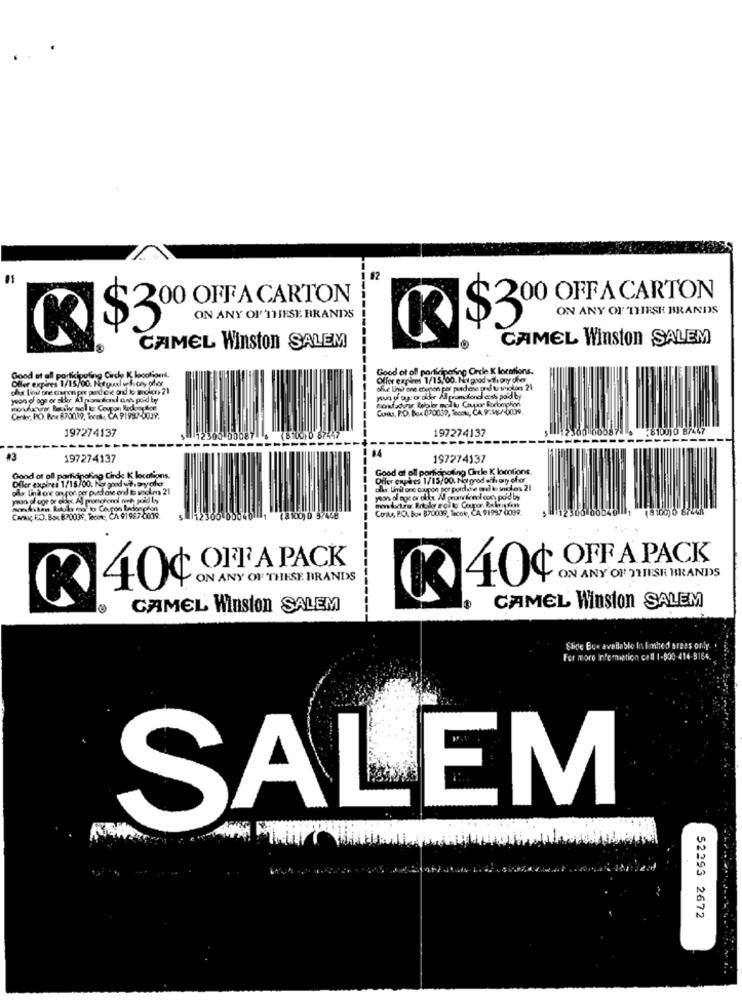
12
200 OFFA CARTON
OFF A CARTON
ON ANY OF THESE BRANDS
ON ANY OF THESE BRANDS
$3
K
R
CAMEL Winston SALEM
CAMEL Winston SALEM
Good of oll participating Circle K locations.
Good at all portkipoling Circle K locations.
Offer expires 1/15/00. Natyuxl vif.cryofor
Offer expines 1/15, 00. Not good wtheory cher
che Lini ore muren pir perdoe ond to molas 21
ofe Und one coupon por pudose ard tu soolan 24
yoon of oge or allor Al ponofond ant poid ty
youn of ay or alder All promofond coss po'd by
Mlbifadurar Beller mod to Caupor Rocompton
---
Cunta, P.O. Box (20030, Tecok, CA. 9:1-/-0039.
Cenky, PO. Box 670039, Beat, CA 91997-0039.
197274137
197274137
-------
#3
197274137
04
197274137
Good at all porticinoting Circle K locations.
Good of all participating Cirde K locations.
Offer expires 1/15/00. Not good wtheoryofor
Offer enpåes 1/15/00. Nagrod ochrony ofor
olle. Lind one on por per puedose ond lo solens 21
clar. Umil one coupon por pordo e and le violes 21
yaoo ol oge or eligc Al promotional och paid Ly
Conks, BO. Bye B70009, Tecoke, CA 91997 0099.
CARNIC PO. Box 870039, Teore, CA 91987 0009.
(8100) 0 57448
OFF A PACK
OFF A PACK
ON ANY OF THESE BRANDS
40d
ON ANY OF THISR BRANDS
40¢
CAMEL Winston SALEM
CAMEL Winston SALEM
Slide Boe available In Imhed srees only.
For more Information call 1-800-414-8164.
SALEM
52293 2672